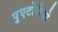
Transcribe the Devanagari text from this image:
पुएर्टोरीको